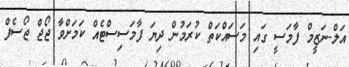
އަލް-ނަޒީމް ފާމަސީ ގައި މަސައްކަތް ކުރަމުން ދިޔަ ފާމަސިސްޓެއް ކަމަށްވާ ޖޯޖް ޖޯސެފް